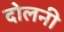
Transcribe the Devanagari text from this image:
दोलनी